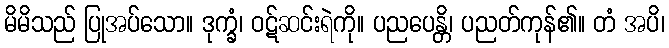
မိမိသည် ပြုအပ်သော။ ဒုက္ခံ၊ ဝဋ်ဆင်းရဲကို။ ပညပေန္တိ၊ ပညတ်ကုန်၏။ တံ အပိ၊